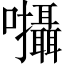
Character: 𡆄